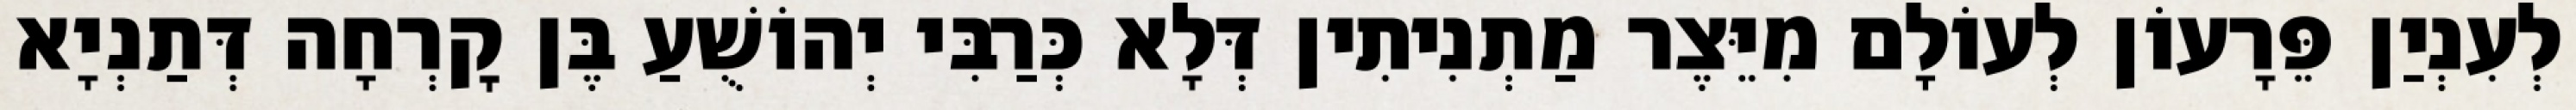
לְעִנְיַן פֵּרָעוֹן לְעוֹלָם מִיֵּצֶר מַתְנִיתִין דְּלָא כְּרַבִּי יְהוֹשֻׁעַ בֶּן קׇרְחָה דְּתַנְיָא